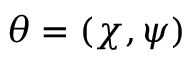
\boldsymbol { \theta } = ( \boldsymbol { \chi } , \boldsymbol { \psi } )